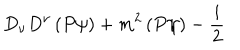
LaTeX: D _ { \nu } D ^ { \nu } \left( P \psi \right) + m ^ { 2 } \left( P \psi \right) - \frac { i } { 2 }